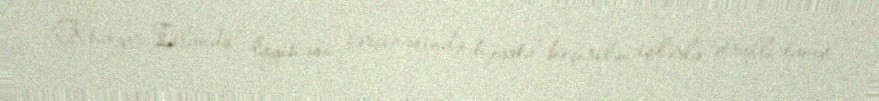
“Khazar Islands” layihəsi çərçivəsində həyata keçirilən işlərlə ətraflı tanış